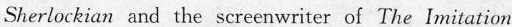
Sherlockian and the screenwriter of The Imitation